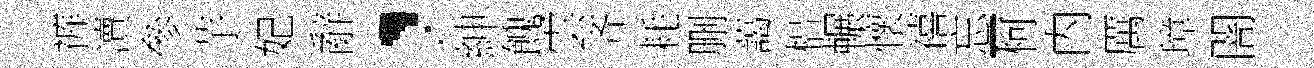
裤凟參芋妃辭，紳餽雲齐耗删藹梠輾懷禧忘-柯内厲璋闇